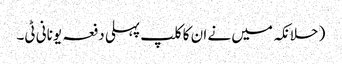
( حلانکہ میں نے ان کا کلپ پہلی دفعہ یونانی ٹی۔